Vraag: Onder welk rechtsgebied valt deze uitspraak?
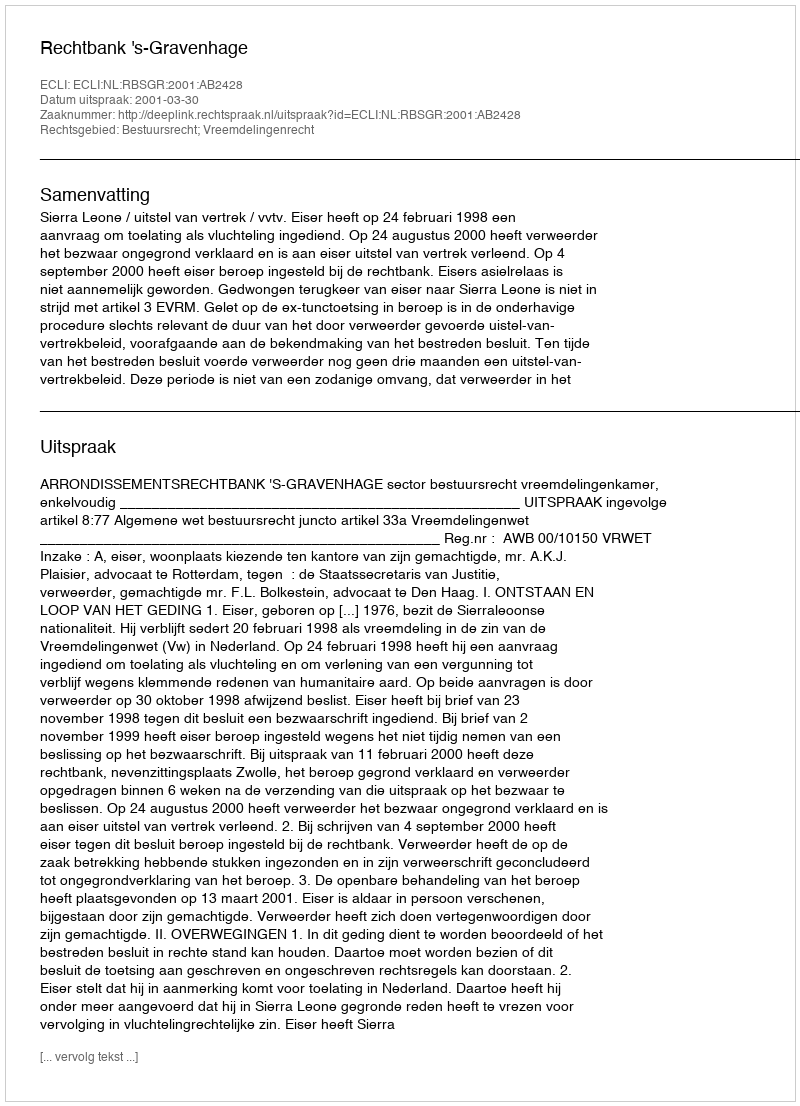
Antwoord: Bestuursrecht; Vreemdelingenrecht